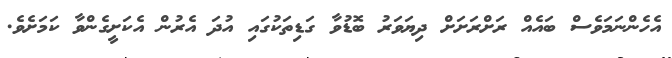
އެހެންނަމަވެސް ބައެއް ރަށްރަށަށް ދިޔަވަރު ބޮޑުވާ ގަޑިތަކުގައި އުދަ އެރުން އެކަށީގެންވާ ކަމަށެވެ.